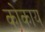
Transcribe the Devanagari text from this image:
कोकाय